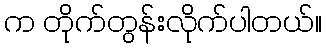
က တိုက်တွန်းလိုက်ပါတယ်။